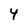
Character: 4